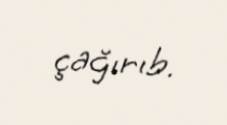
çağırıb.